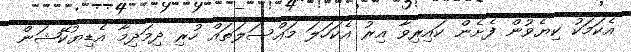
އެކަމަކު ކިޔެވުން ފެށެން ކައިރިވާ އިރު އެކަހަލަ މައްސަލަތައް ހުރި ދިމަދިމާ އެޑިޔުކޭޝަން